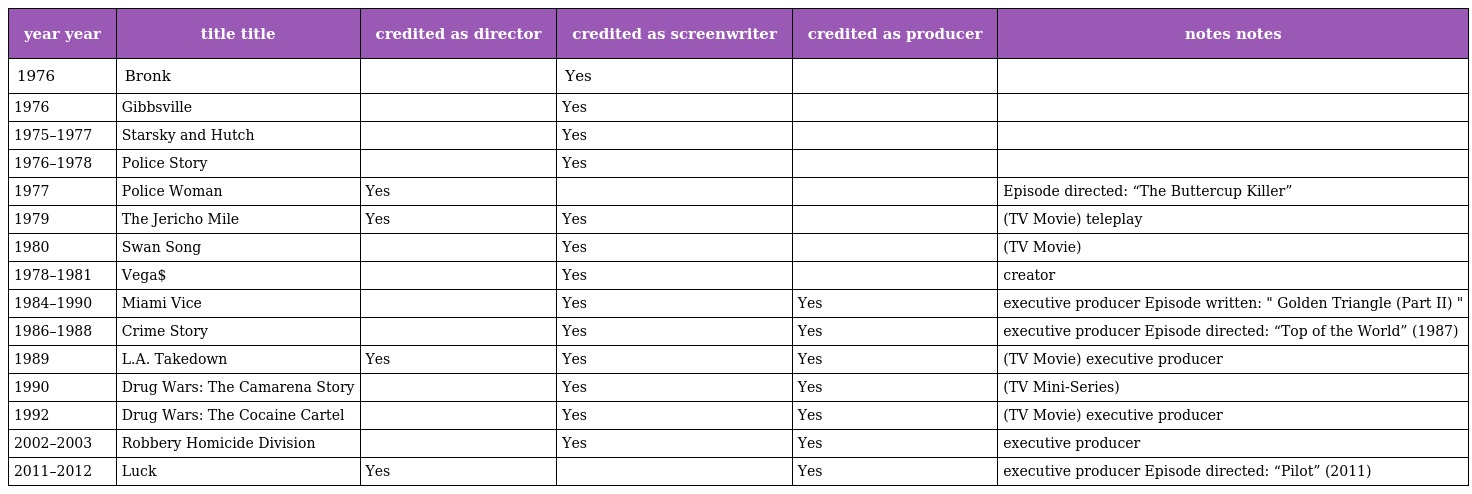
| year year | title title | credited as director | credited as screenwriter | credited as producer | notes notes |
 | --- | --- | --- | --- | --- | --- |
 | 1976 | Bronk |  | Yes |  |  |
 | 1976 | Gibbsville |  | Yes |  |  |
 | 1975–1977 | Starsky and Hutch |  | Yes |  |  |
 | 1976–1978 | Police Story |  | Yes |  |  |
 | 1977 | Police Woman | Yes |  |  | Episode directed: “The Buttercup Killer” |
 | 1979 | The Jericho Mile | Yes | Yes |  | (TV Movie) teleplay |
 | 1980 | Swan Song |  | Yes |  | (TV Movie) |
 | 1978–1981 | Vega$ |  | Yes |  | creator |
 | 1984–1990 | Miami Vice |  | Yes | Yes | executive producer Episode written: " Golden Triangle (Part II) " |
 | 1986–1988 | Crime Story |  | Yes | Yes | executive producer Episode directed: “Top of the World” (1987) |
 | 1989 | L.A. Takedown | Yes | Yes | Yes | (TV Movie) executive producer |
 | 1990 | Drug Wars: The Camarena Story |  | Yes | Yes | (TV Mini-Series) |
 | 1992 | Drug Wars: The Cocaine Cartel |  | Yes | Yes | (TV Movie) executive producer |
 | 2002–2003 | Robbery Homicide Division |  | Yes | Yes | executive producer |
 | 2011–2012 | Luck | Yes |  | Yes | executive producer Episode directed: “Pilot” (2011) |